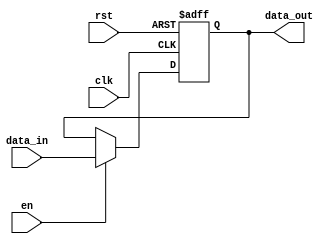
`timescale 1ns / 1ps
//////////////////////////////////////////////////////////////////////////////////
// Company: 
// 
// Design Name: 
// Module Name: register
// Project Name: 
// Target Devices: 
// Tool Versions: 
// Description: 
// 
// Dependencies: 
// 
// Revision:
// Revision 0.01 - File Created
// Additional Comments:
// 
//////////////////////////////////////////////////////////////////////////////////


module register #(parameter SIZE=8)(
input wire clk, rst,
input wire en,
input wire [SIZE-1:0] data_in,
output reg [SIZE-1:0] data_out
    );
    
always @(posedge clk or posedge rst)
if (rst==1'b1) data_out <= {SIZE{1'b0}};
else if (en == 1'b1) data_out <= data_in;
 
endmodule